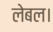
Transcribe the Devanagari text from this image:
लेबल।